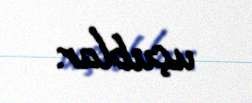
uçublar.